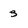
Character: 3